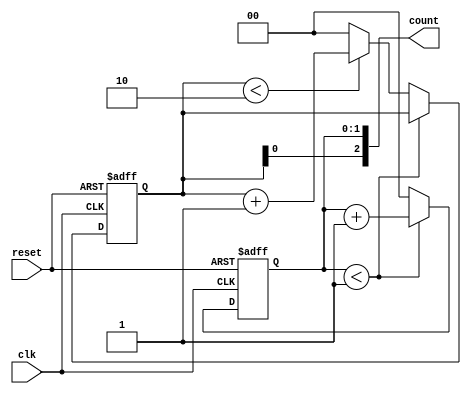
module mixed_radix_counter (
    input wire clk,            // Clock input
    input wire reset,          // Asynchronous reset input
    output reg [2:0] count     // Output count value (3 digits)
);

    // Radix configuration for each digit
    parameter RADIX_1 = 2;    // Base 2 for digit 1
    parameter RADIX_2 = 3;    // Base 3 for digit 2
    parameter RADIX_3 = 4;    // Base 4 for digit 3

    // Internal count representation for each digit
    reg [1:0] digit_1;        // 2 bits for base 2
    reg [1:0] digit_2;        // 2 bits for base 3
    reg [1:0] digit_3;        // 2 bits for base 4

    always @(posedge clk or posedge reset) begin
        if (reset) begin
            // Asynchronous reset
            digit_1 <= 0;
            digit_2 <= 0;
            digit_3 <= 0;
        end else begin
            // Counting logic
            if (digit_1 < RADIX_1 - 1) begin
                digit_1 <= digit_1 + 1;
            end else begin
                digit_1 <= 0; // Reset digit_1
                if (digit_2 < RADIX_2 - 1) begin
                    digit_2 <= digit_2 + 1;
                end else begin
                    digit_2 <= 0; // Reset digit_2
                    if (digit_3 < RADIX_3 - 1) begin
                        digit_3 <= digit_3 + 1;
                    end else begin
                        digit_3 <= 0; // Reset digit_3
                    end
                end
            end
        end
    end

    // Output the current count value
    always @(*) begin
        count = {digit_3, digit_2, digit_1}; // Concatenate digits for output
    end

endmodule